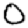
Digit: 0